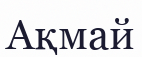
Ақмай